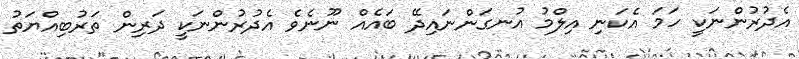
އެދުރުންނަކީ ހަމަ އެކަނި އިލްމު އުނގަންނައިދޭ ބައެއް ނޫނެވެ އެދުރުންނަކީ ދަރިން ތަރުބިއްޔަތު